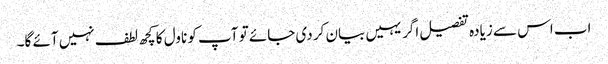
اب اس سے زیادہ تفصیل اگر یہیں بیان کر دی جائے تو آپ کو ناول کا کچھ لطف نہیں آئے گا۔